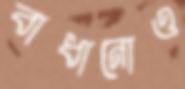
বাধানোও